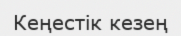
Кеңестік кезең